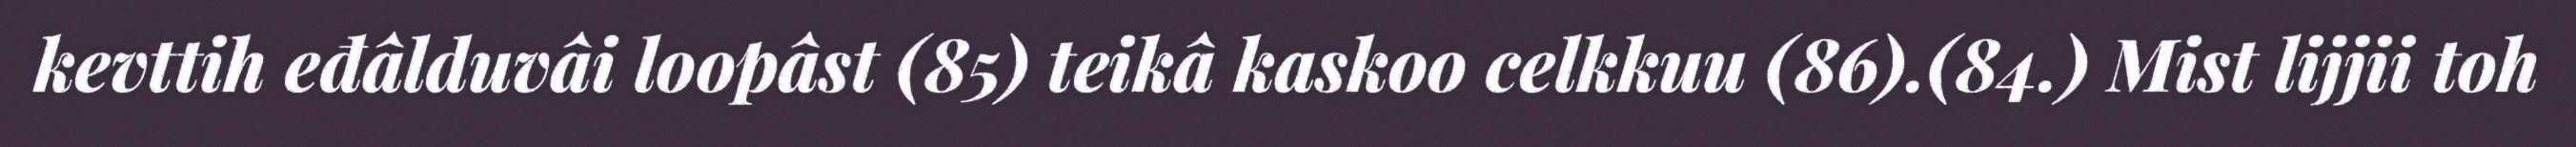
kevttih eđâlduvâi loopâst (85) teikâ kaskoo celkkuu (86).(84.) Mist lijjii toh